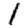
Digit: 1